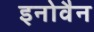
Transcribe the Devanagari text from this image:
इनोवैन